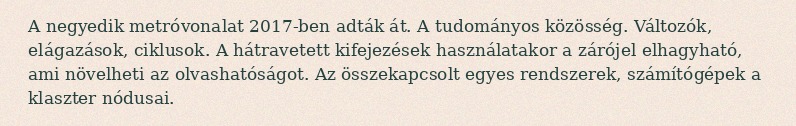
A negyedik metróvonalat 2017-ben adták át. A tudományos közösség. Változók, elágazások, ciklusok. A hátravetett kifejezések használatakor a zárójel elhagyható, ami növelheti az olvashatóságot. Az összekapcsolt egyes rendszerek, számítógépek a klaszter nódusai.